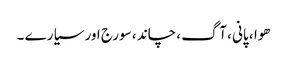
ھوا ، پانی ، آگ ، چاند ، سورج اور سیارے ۔